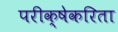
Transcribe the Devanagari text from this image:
परीक्षेकरिता